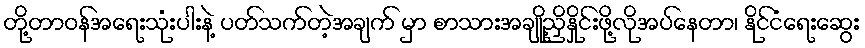
တို့တာဝန်အရေးသုံးပါးနဲ့ ပတ်သက်တဲ့အချက် မှာ စာသားအချို့ညှိနှိုင်းဖို့လိုအပ်နေတာ၊ နိုင်ငံရေးဆွေး